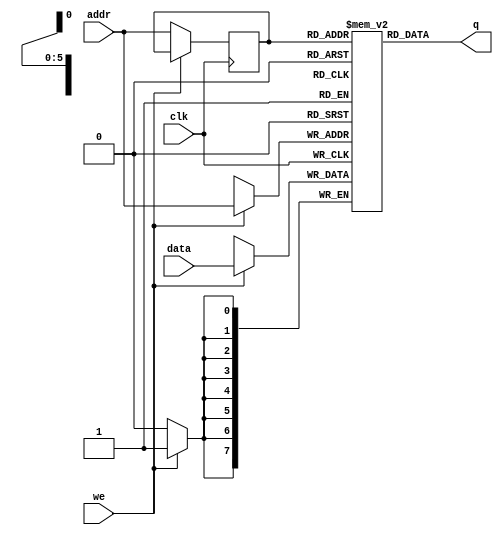
`timescale 1ns / 1ps
// Single Port RAM

// The single port RAM can only be accessed at one address at a time.
// for that single port RAM allows only one memory cell to be read/write during each clock cycle.
// we--Write Enable

module single_port_ram(
    input [7:0] data,
    input [5:0] addr,
    input clk,
    input we, // write
    output [7:0] q
    );
    
    // RAM Variable
    reg [7:0] ram [63:0];
    // Address Registers
    reg [5:0] addr_reg;
    
    always @(posedge clk)
    begin
        if(we) // high is to write data into RAM
            ram[addr] <= data;
        else   // low is to read data out
            addr_reg <= addr; // get the address value from the outside of the module
    
    end
    
    assign q = ram[addr_reg]; // out the data to q
    
endmodule